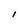
Character: l